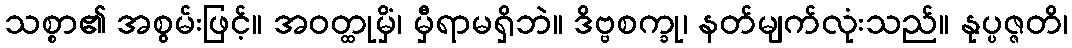
သစ္စာ၏ အစွမ်းဖြင့်။ အဝတ္ထုမှိံ၊ မှီရာမရှိဘဲ။ ဒိဗ္ဗစက္ခု၊ နတ်မျက်လုံးသည်။ နုပ္ပဇ္ဇတိ၊